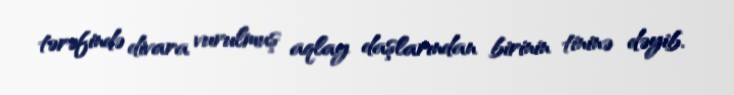
tərəfində divara vurulmuş aqlay daşlarından birinin tininə dəyib.